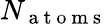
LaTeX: N_{\mathrm{~a~t~o~m~s~}}